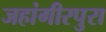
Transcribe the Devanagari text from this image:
जहांगीरपुरा